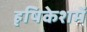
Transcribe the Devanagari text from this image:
हृषिकेशमें